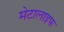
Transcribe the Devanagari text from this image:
मेटालाइफ